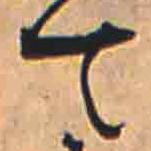
て